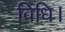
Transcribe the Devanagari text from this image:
विधि।